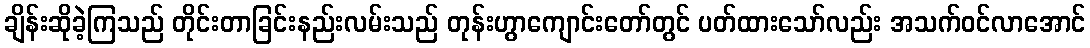
ချိန်းဆိုခဲ့ကြသည် တိုင်းတာခြင်းနည်းလမ်းသည် တုန်းဟွာကျောင်းတော်တွင် ပတ်ထားသော်လည်း အသက်ဝင်လာအောင်